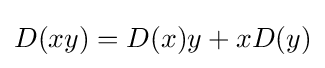
D(xy)=D(x)y+xD(y)